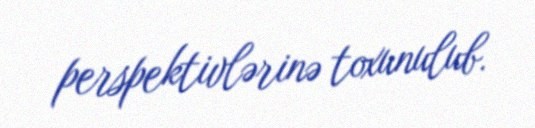
perspektivlərinə toxunulub.